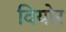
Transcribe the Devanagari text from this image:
वियोर